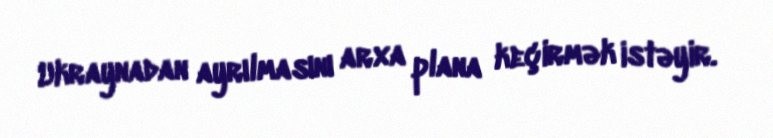
Ukraynadan ayrılmasını arxa plana keçirmək istəyir.